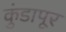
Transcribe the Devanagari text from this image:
कुंडापूर